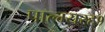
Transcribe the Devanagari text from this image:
पाल्म्यरह१